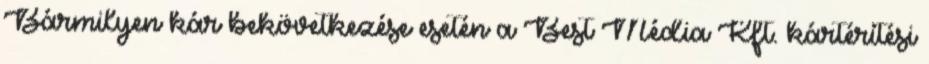
Bármilyen kár bekövetkezése esetén a Best Média Kft. kártérítési